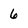
Character: 6